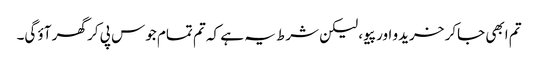
تم ابھی جاکر خریدو اور پیو، لیکن شرط یہ ہے کہ تم تمام جوس پی کر گھر آؤ گی۔